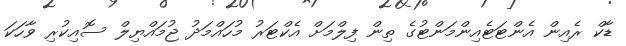
ޑާކް ރެއިން އެންޓަޓެއިންމަންޓުގެ ތިން ފިލްމަށް އެކްޓަރު މުހައްމަދު ޖުމައްޔިލް ސޮއިކުރި ވާހަކަ